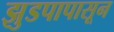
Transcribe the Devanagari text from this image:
झुडपापासून